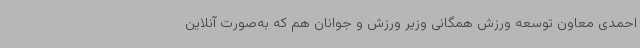
احمدی معاون توسعه ورزش همگانی وزیر ورزش و جوانان هم که به‌صورت آنلاین